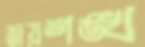
জয়শঙ্খ